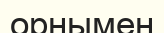
орнымен